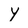
Character: Y